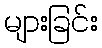
များခြင်း